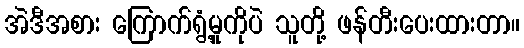
အဲဒီအစား ကြောက်ရွံ့မှုကိုပဲ သူတို့ ဖန်တီးပေးထားတာ။